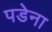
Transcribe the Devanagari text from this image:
पडेना